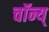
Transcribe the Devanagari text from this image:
चॉन्य्